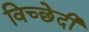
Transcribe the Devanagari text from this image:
विच्छेदी